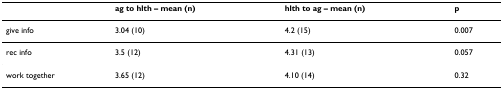
|  | ag to hlth – mean (n) | hlth to ag – mean (n) | p |
 | --- | --- | --- | --- |
 | give info | 3.04 (10) | 4.2 (15) | 0.007 |
 | rec info | 3.5 (12) | 4.31 (13) | 0.057 |
 | work together | 3.65 (12) | 4.10 (14) | 0.32 |